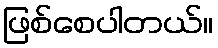
ဖြစ်စေပါတယ်။